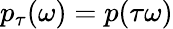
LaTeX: p_{\tau}(\omega)=p(\tau\omega)